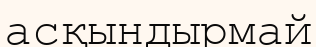
асқындырмай